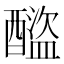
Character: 𨣕